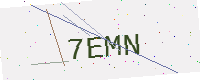
Text: 7EMN